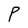
Character: P